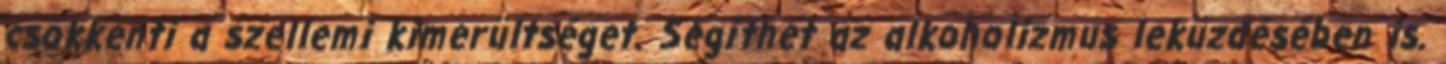
csökkenti a szellemi kimerültséget. Segíthet az alkoholizmus leküzdésében is.